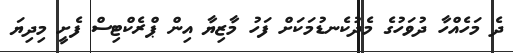
ދެ މަހެއްހާ ދުވަހުގެ މެދުކެނޑުމަކަށް ފަހު މާޒިޔާ އިން ޕްރެކްޓިސް ފެށީ މިދިޔަ